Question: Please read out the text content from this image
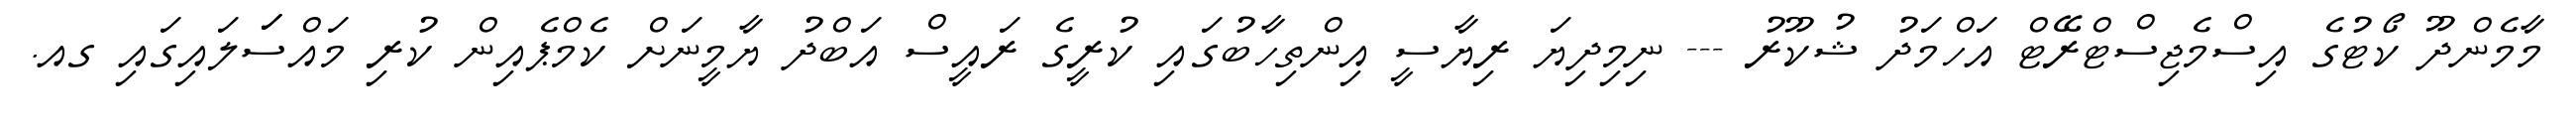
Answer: މާމެންދޫ ކޯޓުގެ އިސްމެޖިސްޓްރޭޓް އަހްމަދު ޝުކޫރު --- ނިމިދިޔަ ރިޔާސީ އިންތިހާބުގައި ކުރީގެ ރައީސް އަބްދު ޔާމީނަށް ކެމްޕެއިން ކުރި މައްސަަލައިގައި ގއ.